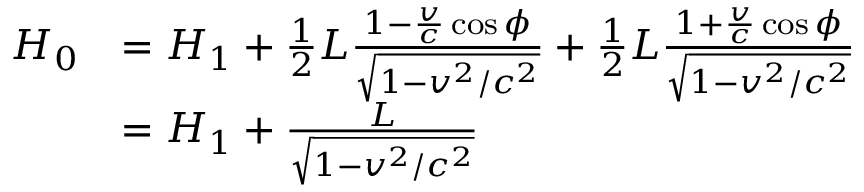
{ \begin{array} { r l } { H _ { 0 } } & { = H _ { 1 } + { \frac { 1 } { 2 } } L { \frac { 1 - { \frac { v } { c } } \cos { \phi } } { \sqrt { 1 - v ^ { 2 } / c ^ { 2 } } } } + { \frac { 1 } { 2 } } L { \frac { 1 + { \frac { v } { c } } \cos { \phi } } { \sqrt { 1 - v ^ { 2 } / c ^ { 2 } } } } } \\ & { = H _ { 1 } + { \frac { L } { \sqrt { 1 - v ^ { 2 } / c ^ { 2 } } } } } \end{array} }